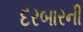
દરબારની